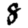
Digit: 8